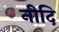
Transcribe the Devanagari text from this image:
नीदि